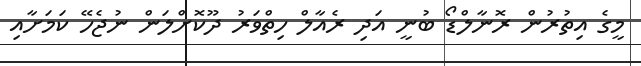
މީގެ އިތުރުން ރޮނާލްޑޯ ބުނީ އަދި ރެއާލް ހިތްވަރު ދޫކޮށްލަން ނުޖެހޭ ކަމަށާއި